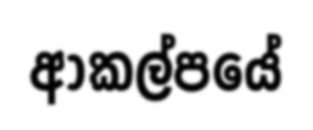
ආකල්පයේ